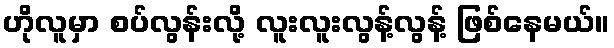
ဟိုလူမှာ စပ်လွန်းလို့ လူးလူးလွန့်လွန့် ဖြစ်နေမယ်။